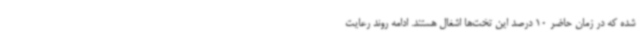
شده که در زمان حاضر 10 درصد این تخت‌ها اشغال هستند. ادامه روند رعایت